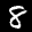
Label: 8